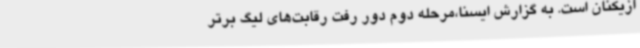
ازیکنان است. به گزارش ایسنا،مرحله دوم دور رفت رقابت‌های لیگ برتر